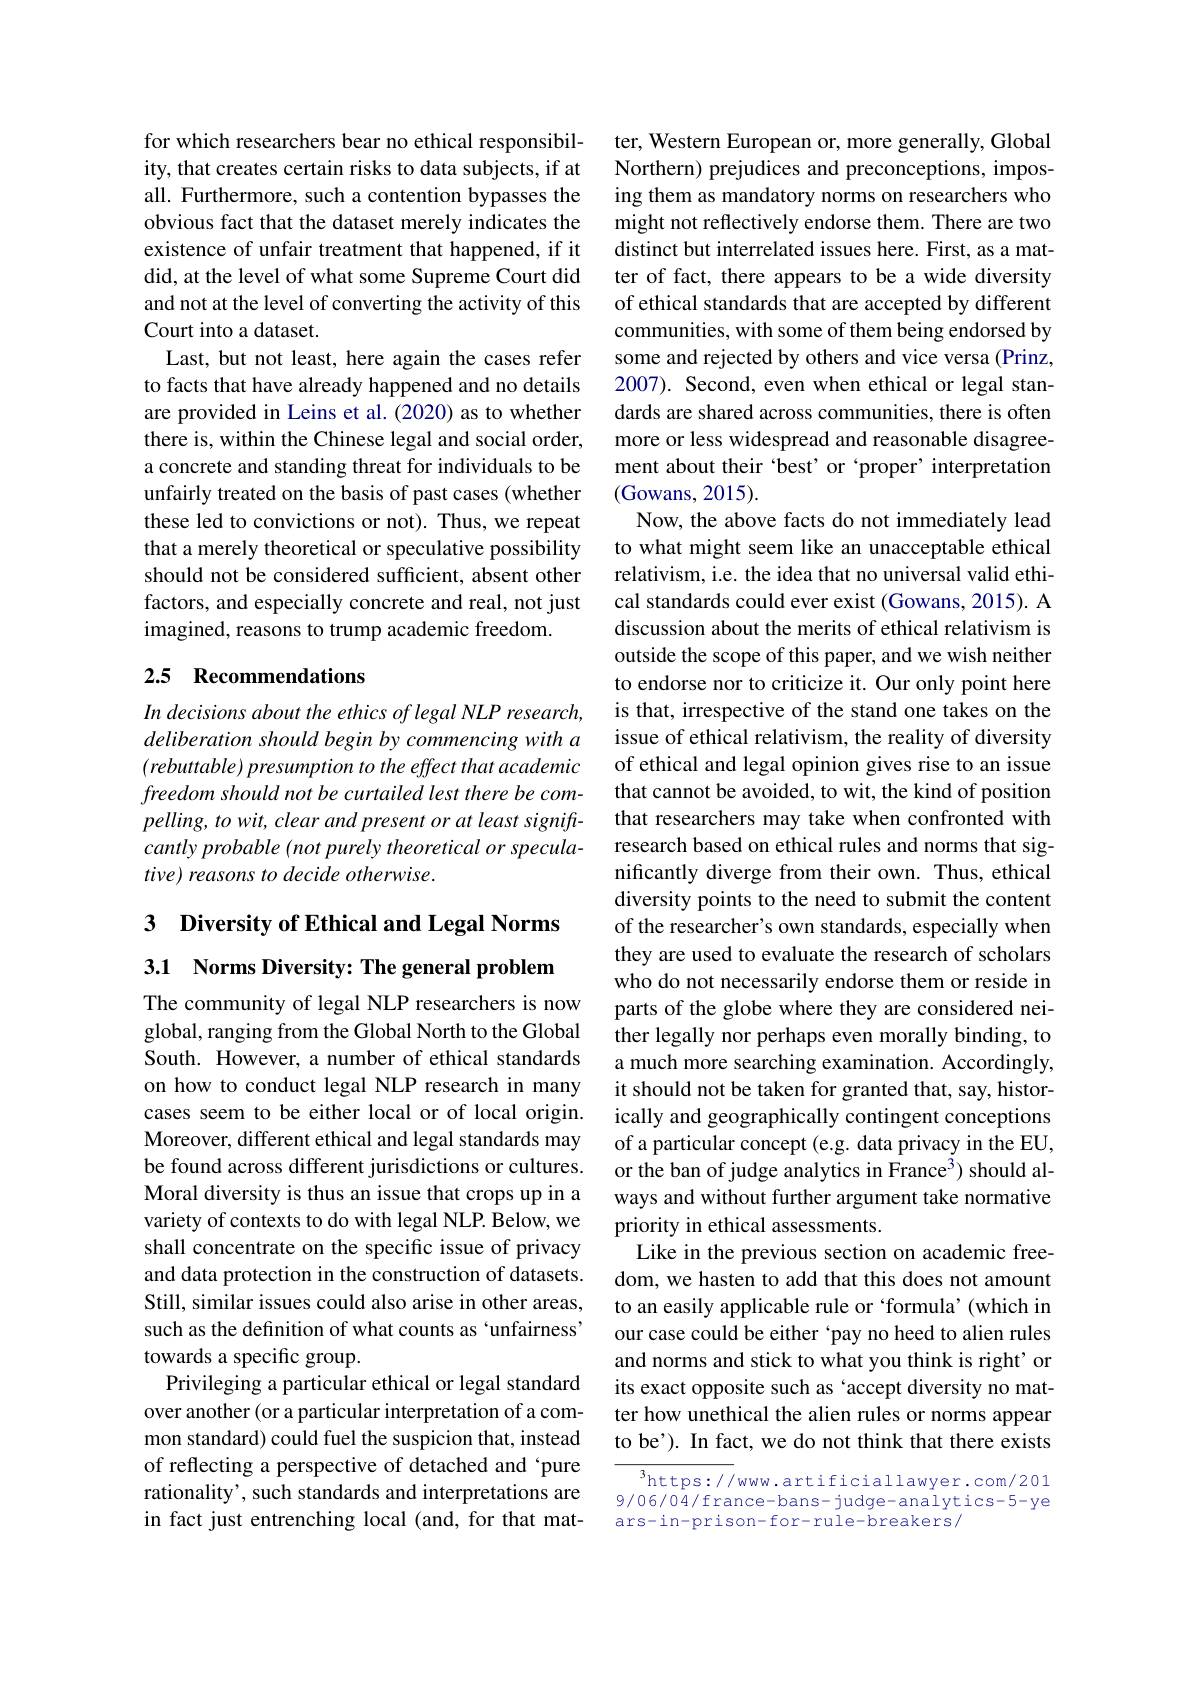
for which researchers bear no ethical responsibility, that creates certain risks to data subjects, if at all. Furthermore, such a contention bypasses the obvious fact that the dataset merely indicates the existence of unfair treatment that happened, if it did, at the level of what some Supreme Court did and not at the level of converting the activity of this Court into a dataset.
Last, but not least, here again the cases refer to facts that have already happened and no details are provided in Leins et al.(2020) as to whether there is, within the Chinese legal and social order, a concrete and standing threat for individuals to be unfairly treated on the basis of past cases (whether these led to convictions or not). Thus, we repeat that a merely theoretical or speculative possibility should not be considered sufficient, absent other factors, and especially concrete and real, not just imagined, reasons to trump academic freedom

## 2.5 Recommendations

In decisions about the ethics of legal NLP research, deliberation should begin by commencing with a $(rebuttable)presumptiontotheeffectthatacademic$ freedom should not be curtailed lest there be compelling, to wit, clear and present or at least signifr- $cantlyprobable(not$ purely theoretical or speculative) reasons to decide otherwise.

3 $\textbf{Diversity of Ethical and Legal Norms}$ 3.1 Norms Diversity: The general problem

The community of legal NLP researchers is now global, ranging from the Global North to the Global South. However, a number of ethical standards on how to conduct legal NLP research in many cases seem to be either local or of local origin. Moreover, different ethical and legal standards may be found across different jurisdictions or cultures. Moral diversity is thus an issue that crops up in a variety of contexts to do with legal NLP. Below, we shall concentrate on the specific issue of privacy and data protection in the construction of datasets. Still, similar issues could also arise in other areas, such as the definition of what counts as `unfairness' towards a specific group.
Privileging a particular ethical or legal standard over another (or a particular interpretation of a common standard) could fuel the suspicion that, instead of reflecting a perspective of detached and‘pure rationality', such standards and interpretations are in fact just entrenching local (and, for that mat-

ter, Western European or, more generally, Global Northern) prejudices and preconceptions, imposing them as mandatory norms on researchers who might not reflectively endorse them. There are two distinct but interrelated issues here. First, as a matter of fact, there appears to be a wide diversity of ethical standards that are accepted by different communities, with some of them being endorsed by some and rejected by others and vice versa (Prinz, 2007). Second, even when ethical or legal standards are shared across communities, there is often more or less widespread and reasonable disagreement about their 'best' or ‘proper’ interpretation (Gowans, 2015).
Now, the above facts do not immediately lead to what might seem like an unacceptable ethical relativism, i.e. the idea that no universal valid ethical standards could ever exist (Gowans, 2015). A discussion about the merits of ethical relativism is outside the scope of this paper, and we wish neither to endorse nor to criticize it. Our only point here is that, irrespective of the stand one takes on the issue of ethical relativism, the reality of diversity of ethical and legal opinion gives rise to an issue that cannot be avoided, to wit, the kind of position that researchers may take when confronted with research based on ethical rules and norms that significantly diverge from their own. Thus, ethical diversity points to the need to submit the content of the researcher's own standards, especially when they are used to evaluate the research of scholars who do not necessarily endorse them or reside in parts of the globe where they are considered neither legally nor perhaps even morally binding, to a much more searching examination. Accordingly, it should not be taken for granted that, say, historically and geographically contingent conceptions of a particular concept (e.g. data privacy in the EU, or the ban of judge analytics in France$^3)$ should always and without further argument take normative priority in ethical assessments.
Like in the previous section on academic freedom, we hasten to add that this does not amount to an easily applicable rule or ‘formula’(which in our case could be either 'pay no heed to alien rules and norms and stick to what you think is right' or its exact opposite such as 'accept diversity no matter how unethical the alien rules or norms appear to be'). In fact, we do not think that there exists
$^3$https://www.artificiallawyer.com/201

9/06/04/france-bans-judge-analytics-5-ye
ars-in-prison-for-rule-breakers/